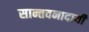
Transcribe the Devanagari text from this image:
सान्तवनादायी